Indian journal of veterinary science and animal husbandry - Volume 2,
Year: 1932
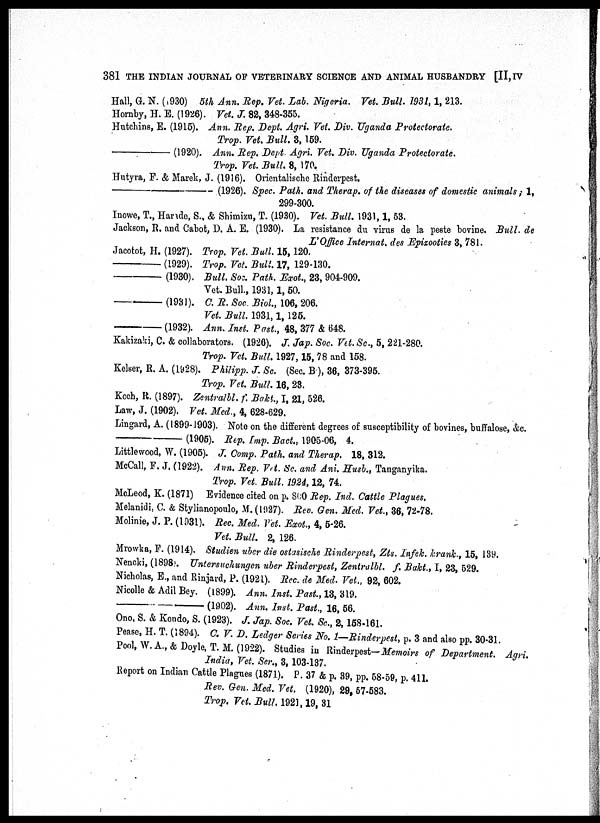
381 THE INDIAN JOURNAL OF VETERINARY SCIENCE AND ANIMAL HUSBANDRY [II, IV
Hall, G. N. (930) 5th Ann. Rep. Vet. Lab. Nigeria. Vet. Bull. 1931,1, 213.
Hornby, H. E. (1926). Vet. J. 82, 348-355.
Hutchins, E. (1915). Ann. Rep. Dept. Agri. Vet. Div. Uganda Protectorate.
Trop. Vet. Bull. 3,159.
—
(1920). Ann. Rep. Dept Agri. Vet. Div. Uganda Protectorate.
Trop. Vet. Bull. 8, 170.
Hutyra, F. & Marek, J. (1916). Orientalische Rinderpest.
—
(1926). Spec. Path. and Therap. of the diseases of domestic animals; 1,
299-300.
Inowe, T., Harade, S., & Shimizu, T. (1930). Vet. Bull. 1931,1, 53.
Jackson, R. and Cabot, D. A. E. (1930). La resistance du virus de la peste bovine. Bull, de
L'Office Internat. des Epizooties 3, 781.
Jacotot, H. (1927). Trop. Vet. Bull. 15,120.
—
(1929). Trop. Vet. Bull. 17, 129-130.
— (1930).
Bull. Soc. Path. Exot., 23, 904-909.
Vet. Bull, 1931,1, 50.
—
(1931). C. R. Soc. Biol., 106, 206.
Vet. Bull. 1931,1,125.
—
(1932). Ann. Inst. Past., 48, 377 & 648.
Kakizaki, C. & collaborators. (1926). J. Jap. Soc. Vet. Sc., 5, 221-280.
Trop. Vet. Bull. 1927,15, 78 and 158.
Kelser, R. A. (1928). Philipp. J. Sc. (Sec. B), 36, 373-395.
Trop. Vet. Bull. 16, 23.
Koch, R. (1897). Zentralbl. f. Bakt., I, 21, 526.
Law, J. (1902). Vet. Med., 4, 628-629.
Lingard, A. (1899-1903). Note on the different degrees of susceptibility of bovines, buffalose, &c.
—
(1905). Rep. Imp. Bact., 1905-06, 4.
Littlewood, W. (1905). J. Comp. Path. and Therap. 18, 312.
McCall, F. J. (1922). Ann. Rep. Vet. Sc. and Ani. Husb., Tanganyika.
Trop. Vet. Bull. 1924,12, 74.
McLeod, K. (1871) Evidence cited on p. 800 Rep. Ind. Cattle Plagues.
Melanidi, C. & Stylianopoulo, M. (1927). Rev. Gen. Med. Vet., 36, 72-78.
Molinie, J. P. (1931). Rec. Med. Vet. Exot., 4, 5-26.
Vet. Bull. 2, 126.
Mrowka, F. (1914). Studien uber die ostasische Rinderpest, Zts. Infek. krank., 15, 139.
Nencki, (1898). Untersuchungen uber Rinderpest, Zentralbl. f. Bakt., I, 23, 529.
Nicholas, E., and Rinjard, P. (1921). Rec. de Med. Vet., 92, 602.
Nicolle & Adil Bey. (1899). Ann. Inst. Past., 13, 319.
—
(1902). Ann. Inst. Past., 16, 56.
Ono, S. & Kondo, S. (1923). J. Jap. Soc. Vet. Sc., 2,158-161.
Pease, H. T. (1894). C. V. D. Ledger Series No. 1—Rinderpest, p. 3 and also pp. 30-31.
Pool, W.A.,& Doyle, T.M. (1922). Studies in Rinderpest— Memoirs of Department. Agri.
India, Vet. Ser., 3,103-137.
Report on Indian Cattle Plagues (1871). P. 37 & p. 39, pp. 58-59, p. 411.
Rev. Gen. Med. Vet. (1920), 29, 57-583.
Trop. Vet. Bull. 1921,19,31